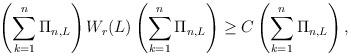
LaTeX: \begin{align*} \left( \sum_{k = 1}^n \Pi_{n,L} \right) W_r(L) \left( \sum_{k = 1}^n \Pi_{n,L} \right) \geq C \left( \sum_{k = 1}^n \Pi_{n,L} \right), \end{align*}